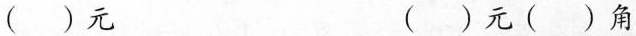
( )元 ( )元( )角